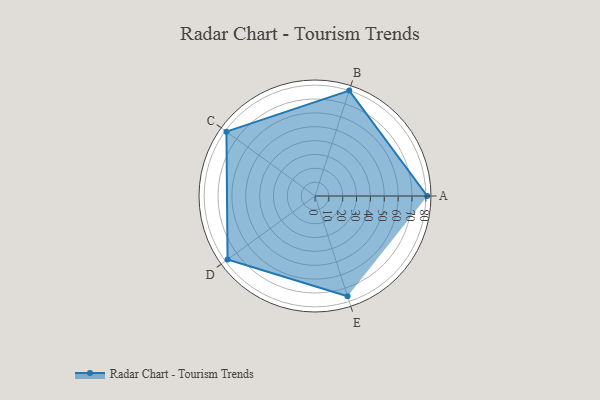
{"axis": {"x": "Skill", "y": "Score"}, "legend": ["Profile"], "data": [{"x": "A", "y": 81.0, "type": "Profile"}, {"x": "B", "y": 80.0, "type": "Profile"}, {"x": "C", "y": 79.0, "type": "Profile"}, {"x": "D", "y": 78.0, "type": "Profile"}, {"x": "E", "y": 76.0, "type": "Profile"}]}